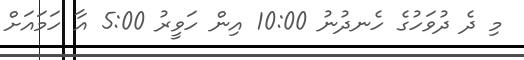
މި ދެ ދުވަހުގެ ހެނދުނު 10:00 އިން ހަވީރު 5:00 އާ ހަމައަށް